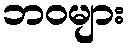
ဘဝများ